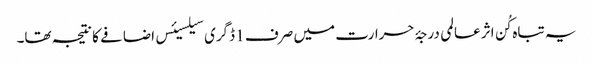
یہ تباہ کُن اثر عالمی درجۂ حرارت میں صرف 1 ڈگری سیلسیئس اضافے کا نتیجہ تھا۔